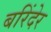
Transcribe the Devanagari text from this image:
बरिंदेर